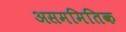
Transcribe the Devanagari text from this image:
असममितिक